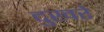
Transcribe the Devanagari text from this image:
दुखरे